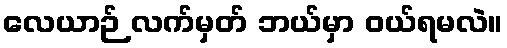
လေယာဉ် လက်မှတ် ဘယ်မှာ ဝယ်ရမလဲ။